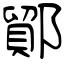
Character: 鄮